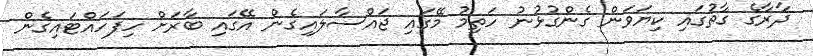
ދާރާގެ ގާތުގައި ކިޔަވަން ގެންގުޅުނު ހަތިމު މޭގައި ޖައްސާލައިގެން އޭގައި ބާރަށް ހިފަހައްޓައިގެން